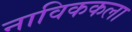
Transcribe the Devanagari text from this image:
नाविककला